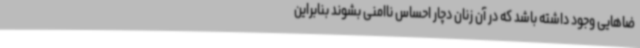
ضاهایی وجود داشته باشد که در آن زنان دچار احساس ناامنی بشوند بنابراین